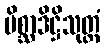
မိစ္ဆာဒိဋ္ဌိသုတ္တံ